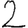
Digit: 2